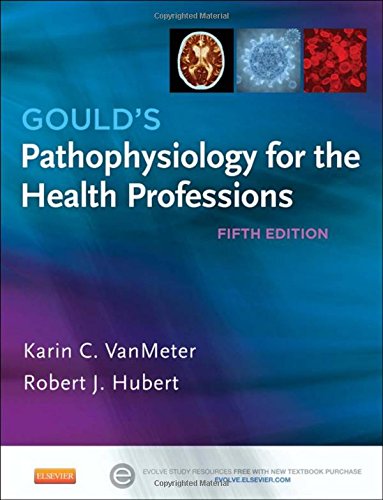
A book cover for Gould's Pathophysiology for the Health Professions, 5e; Karin C. VanMeter PhD; Medical Books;